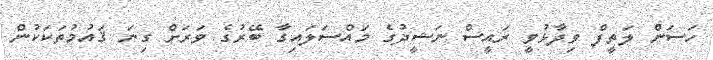
ހަސަން ލަތީފް ވިދާޅުވީ ރައީސް ނަޝީދުގެ މައްސަލައިގާ ބޭރުގެ ވަރަށް ގިނަ ޤައުމުތަކަކުން